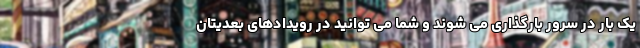
یک بار در سرور بارگذاری می شوند و شما می توانید در رویدادهای بعدیتان